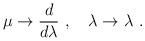
LaTeX: \begin{align*}\mu \to \frac{d}{d\lambda} ~,\quad \lambda \to \lambda ~.\end{align*}